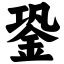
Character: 銎